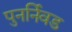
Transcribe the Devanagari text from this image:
पुनर्निवड